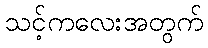
သင့်ကလေးအတွက်